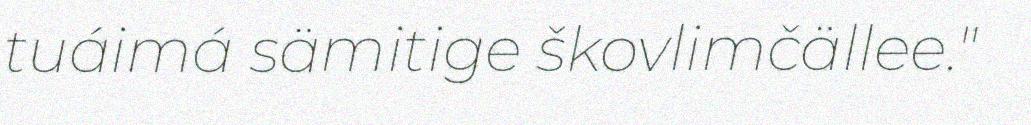
tuáimá sämitige škovlimčällee."